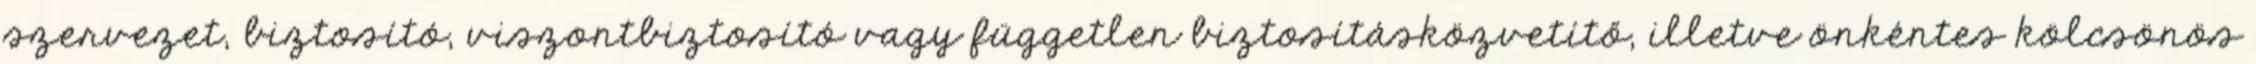
szervezet, biztosító, viszontbiztosító vagy független biztosításközvetítő, illetve önkéntes kölcsönös